Annual administration report of the Civil Veterinary Department of India - 1892-1893
Year: 1892
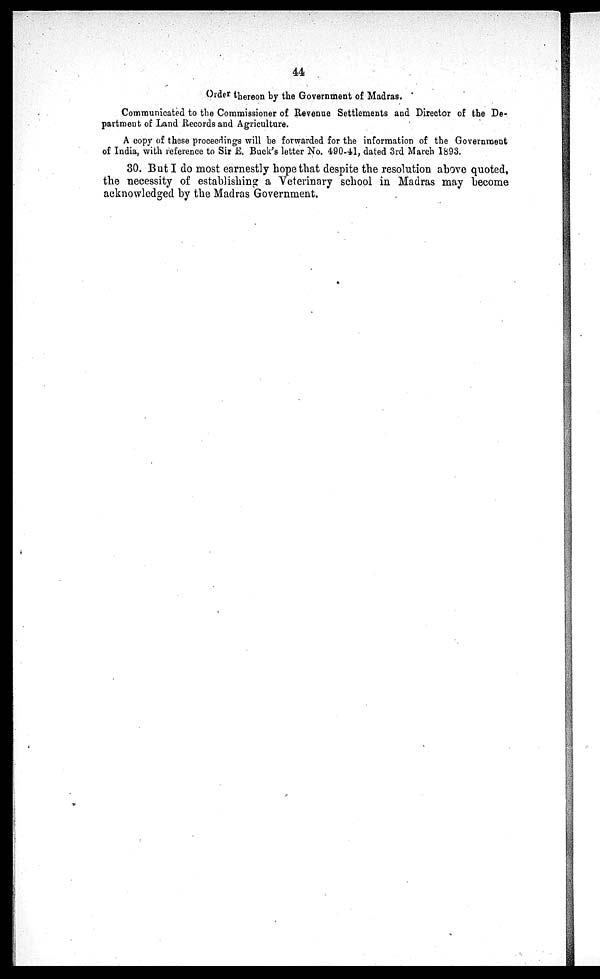
44
Order thereon by the Government of Madras.
Communicated to the Commissioner of Revenue Settlements and Director of the De-
partment of Land Records and Agriculture.
A copy of these proceedings will be forwarded for the information of the Government
of India, with reference to Sir E. Buck's letter No. 490-41, dated 3rd March 1893.
30. But I do most earnestly hope that despite the resolution above quoted,
the necessity of establishing a Veterinary school in Madras may become
acknowledged by the Madras Government.